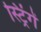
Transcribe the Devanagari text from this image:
स्ट्रिंगें